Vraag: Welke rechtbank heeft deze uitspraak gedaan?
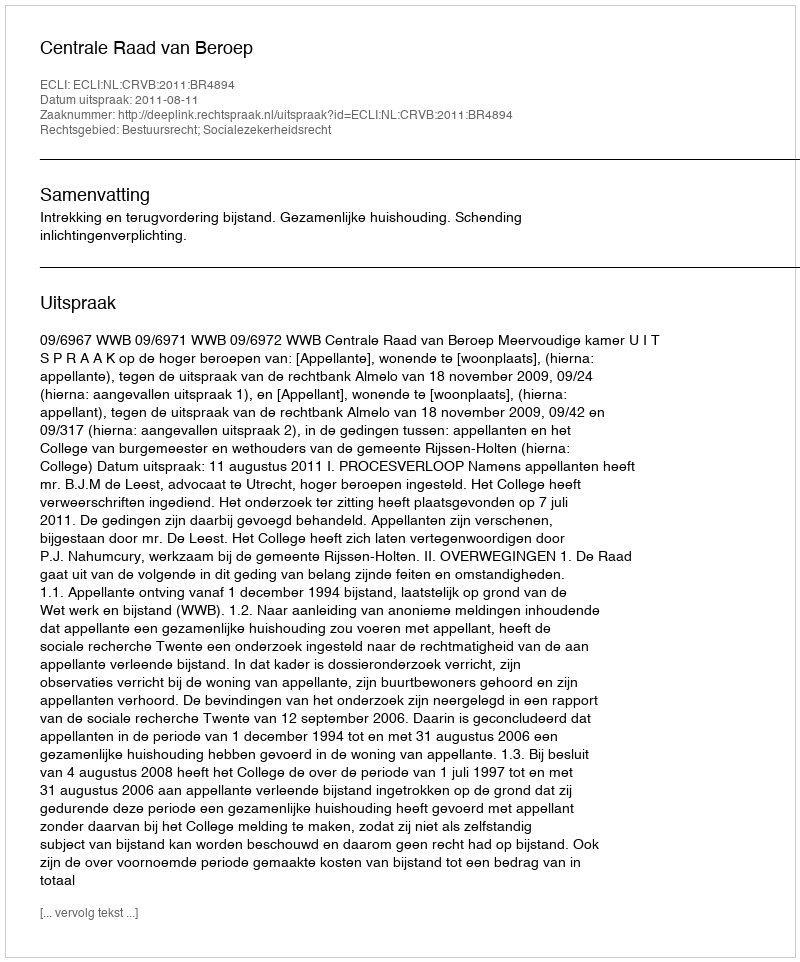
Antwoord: Centrale Raad van Beroep